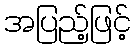
အပြည့်ဖြင့်